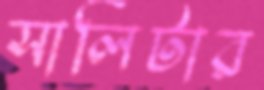
সালিটার